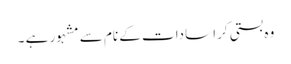
وہ بستی کرا سادات کے نام سے مشہور ہے ۔